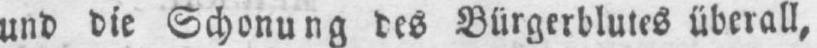
und die Schonung des Bürgerblutes überall,